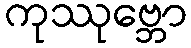
ကုဿုဗ္ဘော